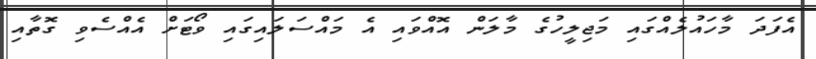
އެފަދަ މާހައުލެއްގައި މަޖިލީހުގެ މާލަން އޮއްވައި އެ މައްސަލައިގައި ވޯޓަށް އެއްސެވި ގޮތާއި